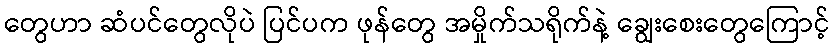
တွေဟာ ဆံပင်တွေလိုပဲ ပြင်ပက ဖုန်တွေ အမှိုက်သရိုက်နဲ့ ချွေးစေးတွေကြောင့်